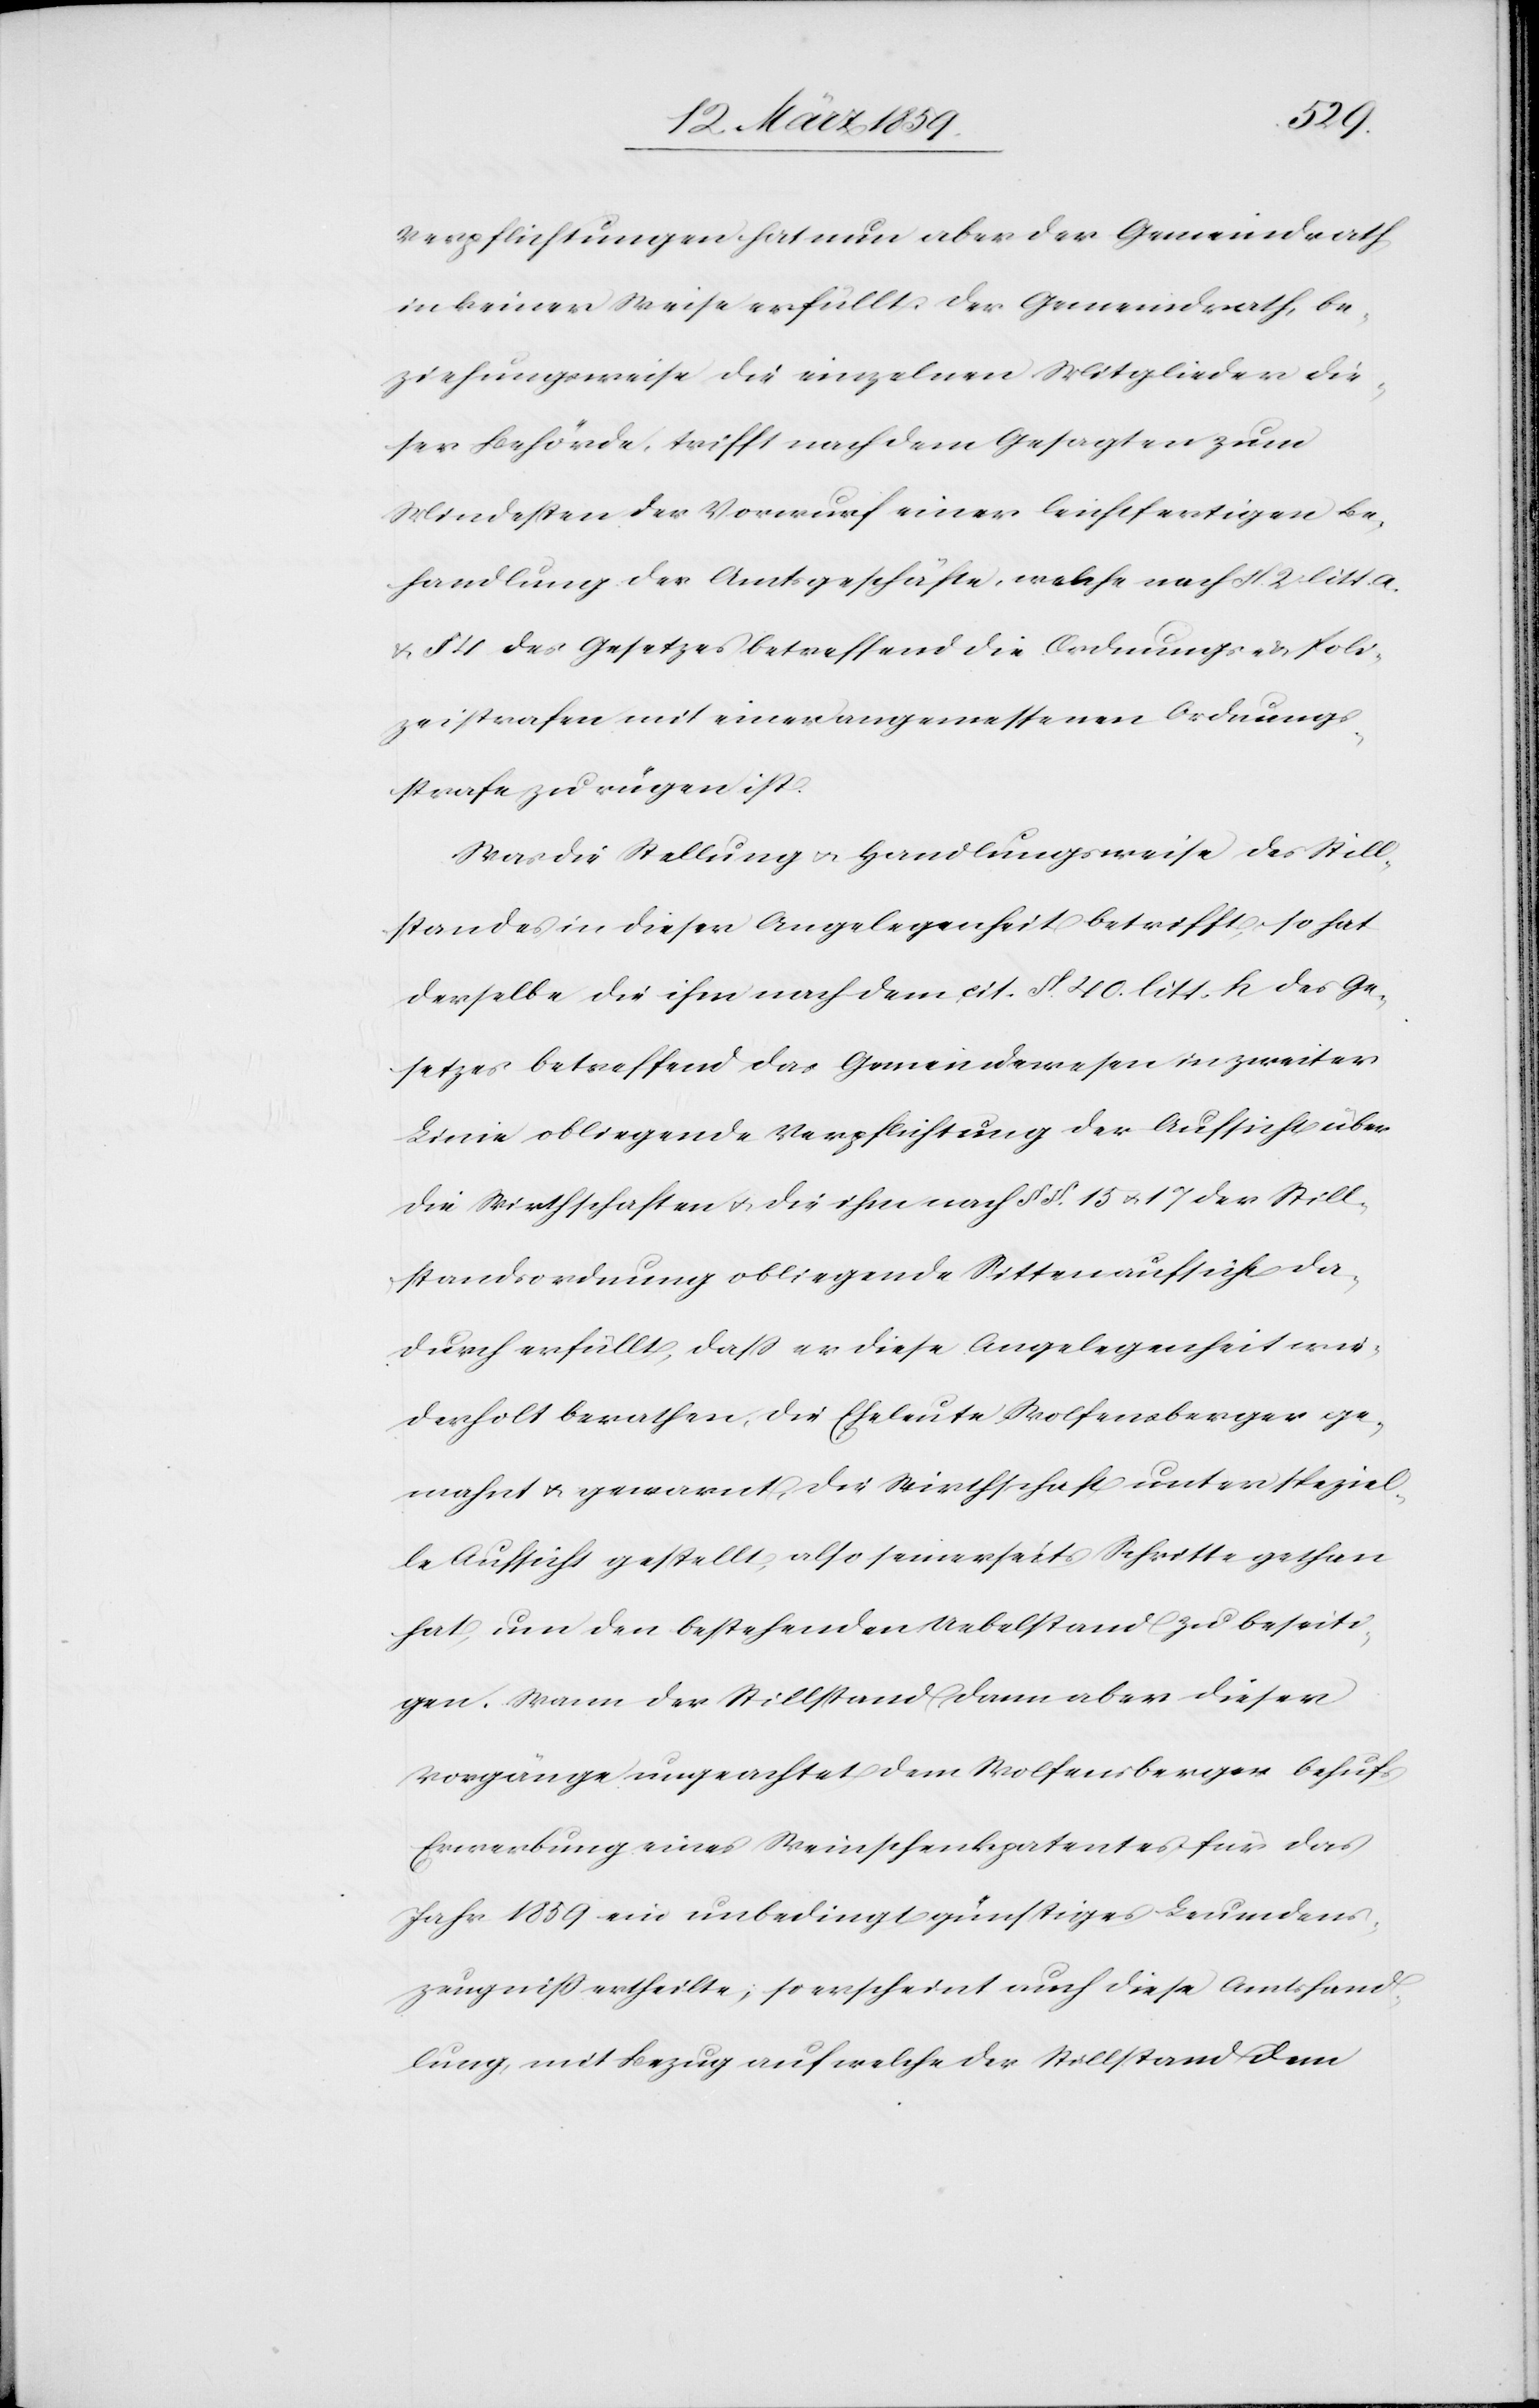
Verpflichtungen hat nun aber der Gemeindrath
in keiner Weise erfüllt. Der Gemeindrath, be¬
ziehungsweise die einzelnen Mitglieder die¬
ser Behörde, trifft nach dem Gesagten zum
Mindesten der Vorwurf einer leichtfertigen Be¬
handlung der Amtsgeschäfte, welche nach §. 2. litt.
a. & § 4 des Gesetzes betreffend die Ordnungs- & Poli¬
zeistrafen mit einer angemessenen Ordnungs¬
strafe zu rügen ist.
Was die Stellung u. Handlungsweise des Still¬
standes in dieser Angelegenheit betrifft, so hat
derselbe die ihm nach dem cit. §. 40. litt. h des Ge¬
setzes betreffend das Gemeindewesen in zweiter
Linie obliegende Verpflichtung der Aufsicht über
die Wirthschaften u. die ihm nach § §. 15 u. 17 der Still¬
standsordnung obliegende Sittenaufsicht da¬
durch erfüllt, daß er diese Angelegenheit wie¬
derholt berathen, die Eheleute Wolfensberger ge¬
mahnt u. gewarnt, die Wirthschaft unter speziel¬
le Aufsicht gestellt, also seinerseits Schritte gethan
hat, um den bestehenden Uebelstand zu beseiti¬
gen. Wenn der Stillstand dann aber dieser
Vorgänge ungeachtet dem Wolfensberger behufs
Erwerbung eines Weinschenkpatentes für das
Jahr 1859 ein unbedingt günstiges Leumdens¬
zeugniß ertheilte; so erscheint auch diese Amtshand¬
lung, mit Bezug auf welche der Stillstand dem